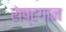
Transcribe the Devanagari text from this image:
राष्टगान